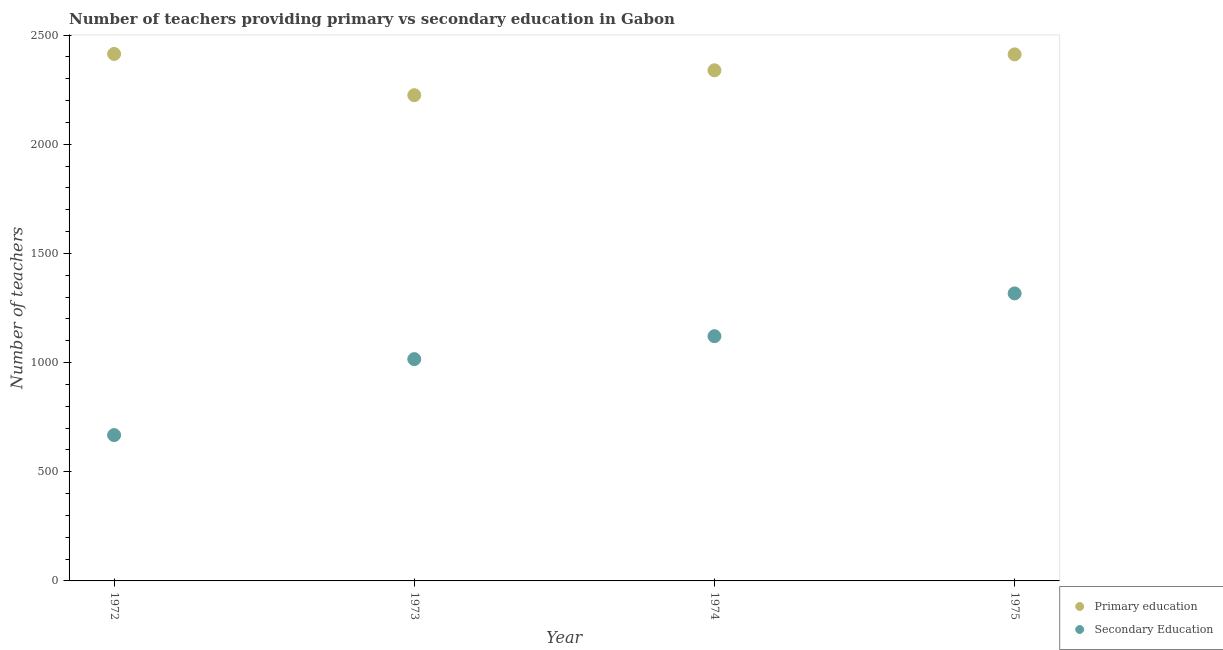
| Year | Primary education | Secondary Education |
 | --- | --- | --- |
 | 1972 | 2.41e+03 | 668 |
 | 1973 | 2.22e+03 | 1.02e+03 |
 | 1974 | 2.34e+03 | 1.12e+03 |
 | 1975 | 2.41e+03 | 1.32e+03 |